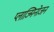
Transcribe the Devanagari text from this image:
प्लाज्मिनोजन